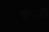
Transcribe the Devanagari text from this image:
यारादी